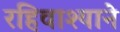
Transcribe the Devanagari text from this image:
रहिवाश्याने